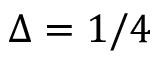
\Delta = 1 / 4